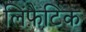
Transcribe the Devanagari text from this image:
लिंफ़ैटिक